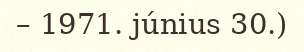
– 1971. június 30.)